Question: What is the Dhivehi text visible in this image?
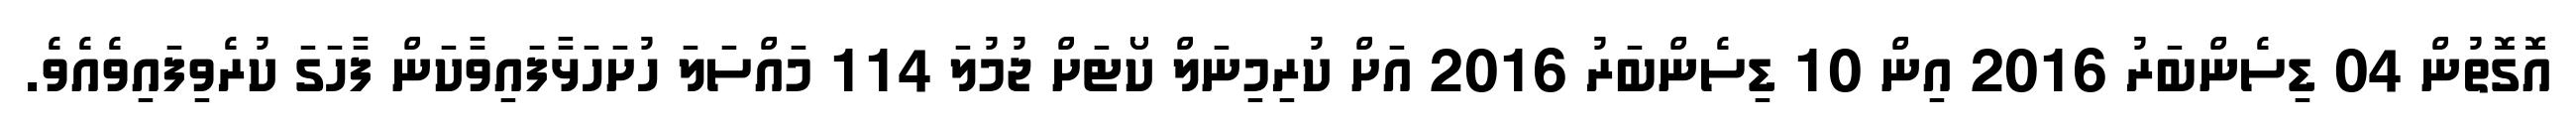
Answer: އޮގޮތުން 04 ޑިސެންބަރު 2016 އިން 10 ޑިސެންބަރު 2016 އަށް ކުރިމިނަލް ކޯޓަށް ޖުމުލަ 114 މައްސަލަ ހުށަހަޅާފައިވާކަން ފާހަގަ ކުރެވިފައިވެއެވެ.